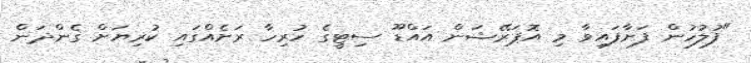
"ފުލުހުން ފަށާފައިވާ މި އޮޕަރޭޝަން އައްޑޫ ސިޓީގެ ހުރިހާ ރަށެއްގައި ކުރިޔަށް ގެންދަން